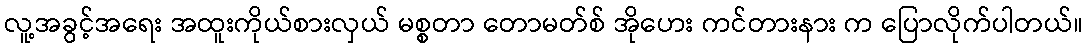
လူ့အခွင့်အရေး အထူးကိုယ်စားလှယ် မစ္စတာ တောမတ်စ် အိုဟေး ကင်တားနား က ပြောလိုက်ပါတယ်။